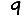
Digit: 9